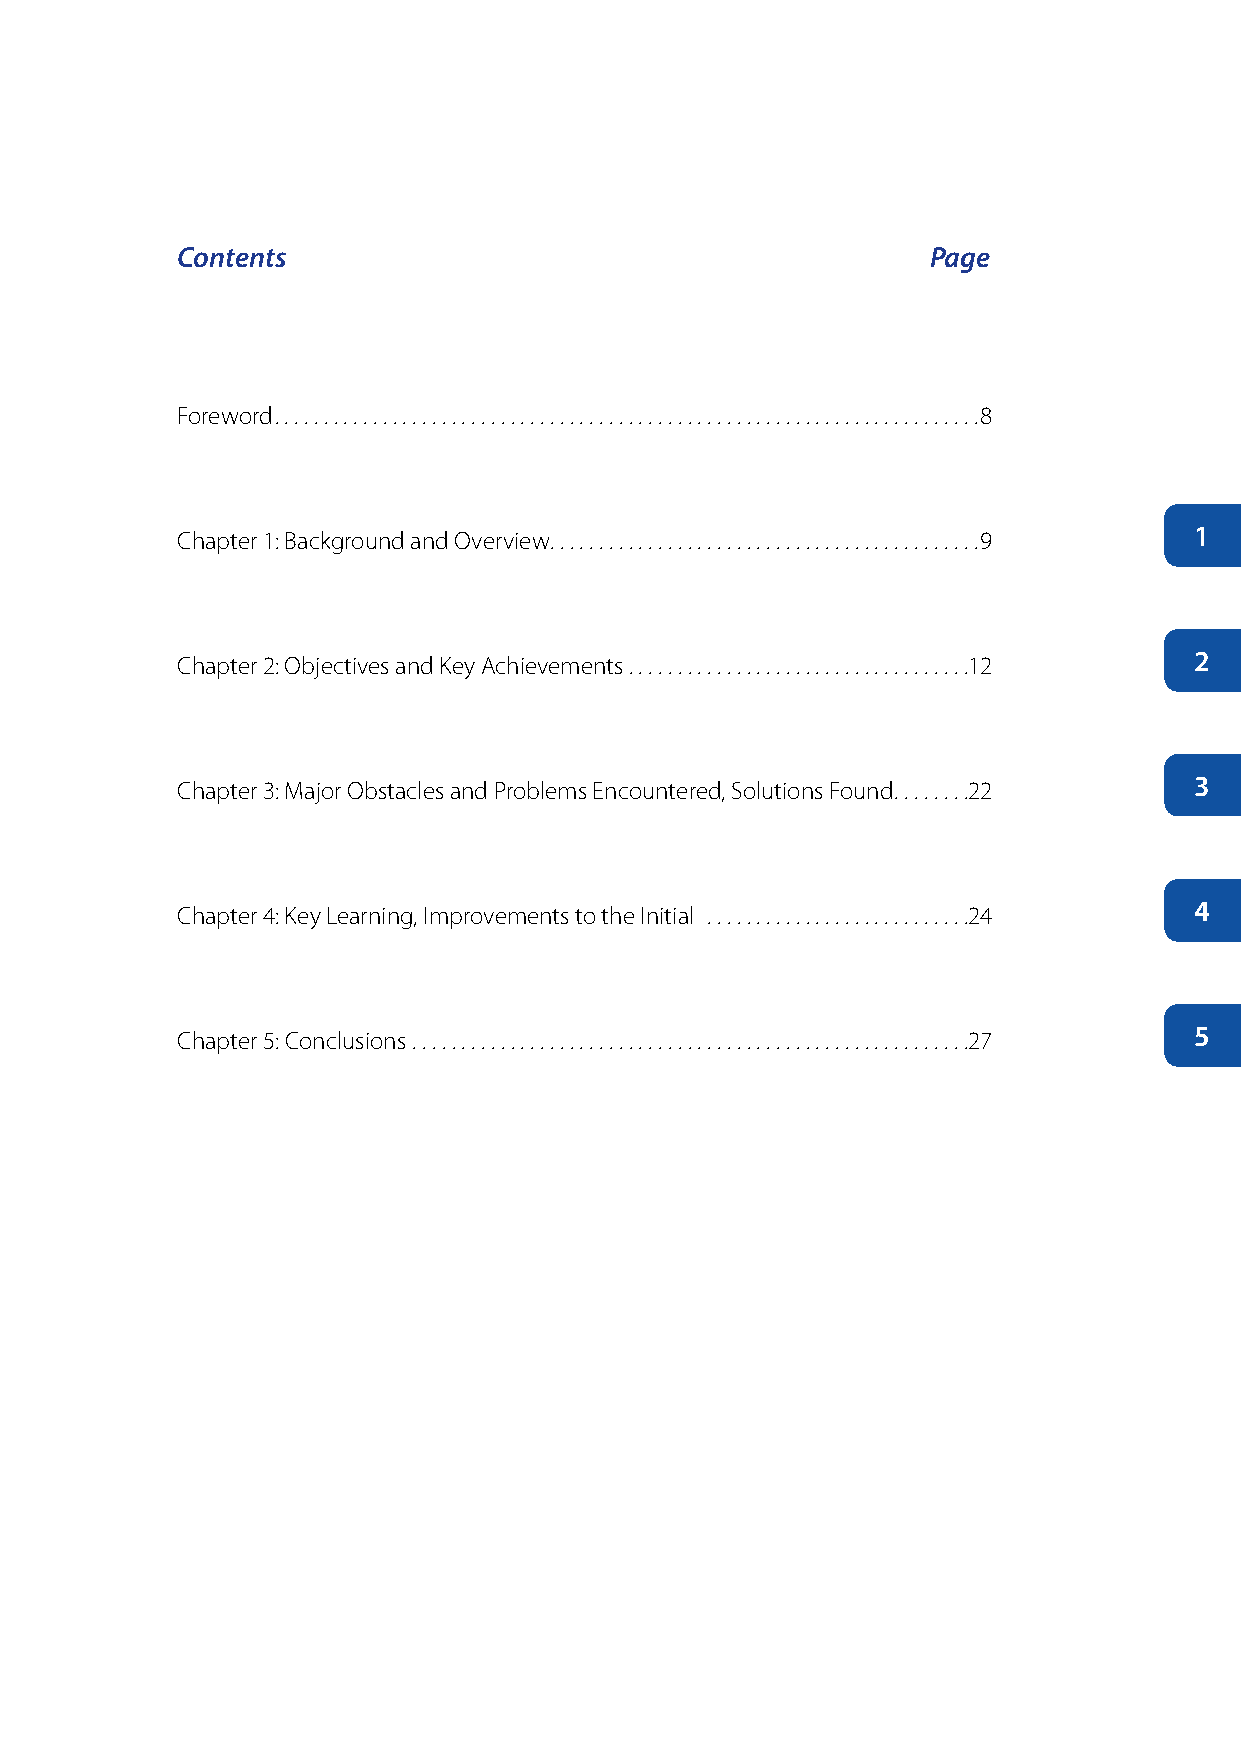
Contents                                          Page
 Foreword ........................................................................8
 Chapter 1: Background and Overview ............................................9 1
 Chapter 2: Objectives and Key Achievements ...................................12 2
 Chapter 3: Major Obstacles and Problems Encountered, Solutions Found ........22 3
 Chapter 4: Key Learning, Improvements to the Initial ...........................24 4
 Chapter 5: Conclusions .........................................................27 5